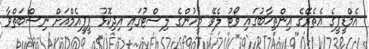
އެމްޑީޕީގެ އެތެރޭގެ އިންތިޚާބުގައި ވޯޓު ލެވޭ މީހުންގެ ލިސްޓުގައި އިދިކޮޅު ޕީޕީއެމްއަށް ނިސްބަތްވާ